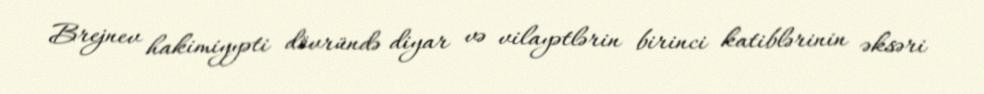
Brejnev hakimiyyəti dövründə diyar və vilayətlərin birinci katiblərinin əksəri